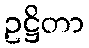
ဥဋ္ဌိတာ